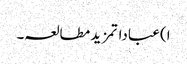
ا) عباداتمزید مطالعہ۔